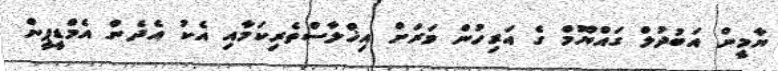
ޔާމީން އަބުދުލް ގައްޔޫމް ގެ އަރިހުން ވަރަށް އިޚްލާސްތެރިކަމާއި އެކު އެދެން އެމްޑީޕީން